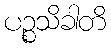
ပဉ္စသိခါတိ